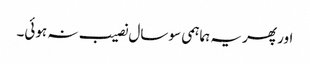
اور پھر یہ ہماہمی سو سال نصیب نہ ہوئی۔